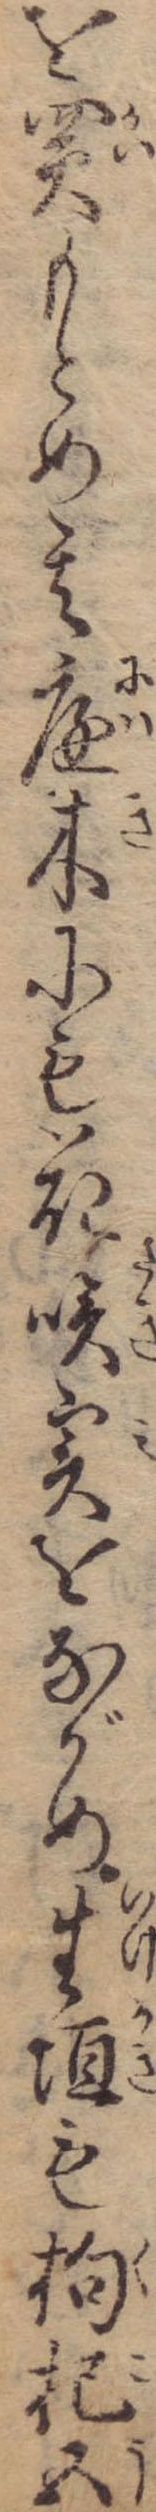
を買もとめ其庭木にも花咲実をながめ生垣も枸杞五